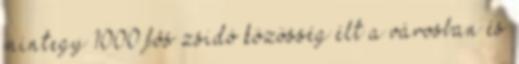
mintegy 1000 fõs zsidó közösség élt a városban és